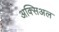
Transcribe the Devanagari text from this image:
अक्सिअल